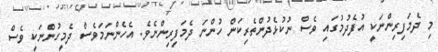
މި ދެމަފިރިންނަކީ އުފެދުމުގައި ވެސް ނުކުޅެދުންތެރިކަން ހުންނަ ދެމަފިރިންނެވެ. އެހެންނަމަވެސް ދެމީހުންނަކީ ވެސް